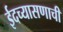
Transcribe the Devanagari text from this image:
ईदच्यासणाची